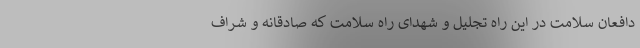
دافعان سلامت در این راه تجلیل و شهدای راه سلامت که صادقانه و شراف